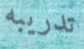
تدريبه